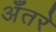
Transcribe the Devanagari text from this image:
अँतरे